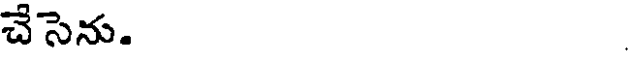
చేసెను.